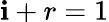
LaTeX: \mathbf{i}+r=1